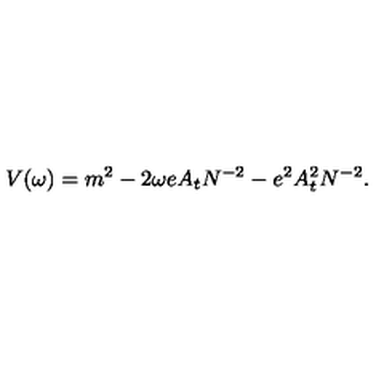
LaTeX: V ( \omega ) = m ^ { 2 } - 2 \omega e A _ { t } N ^ { - 2 } - e ^ { 2 } A _ { t } ^ { 2 } N ^ { - 2 } .